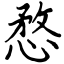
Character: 愗